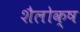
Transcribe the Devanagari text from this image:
शैलोक्ष